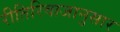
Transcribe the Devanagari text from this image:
रीतिरिवाजानुसार